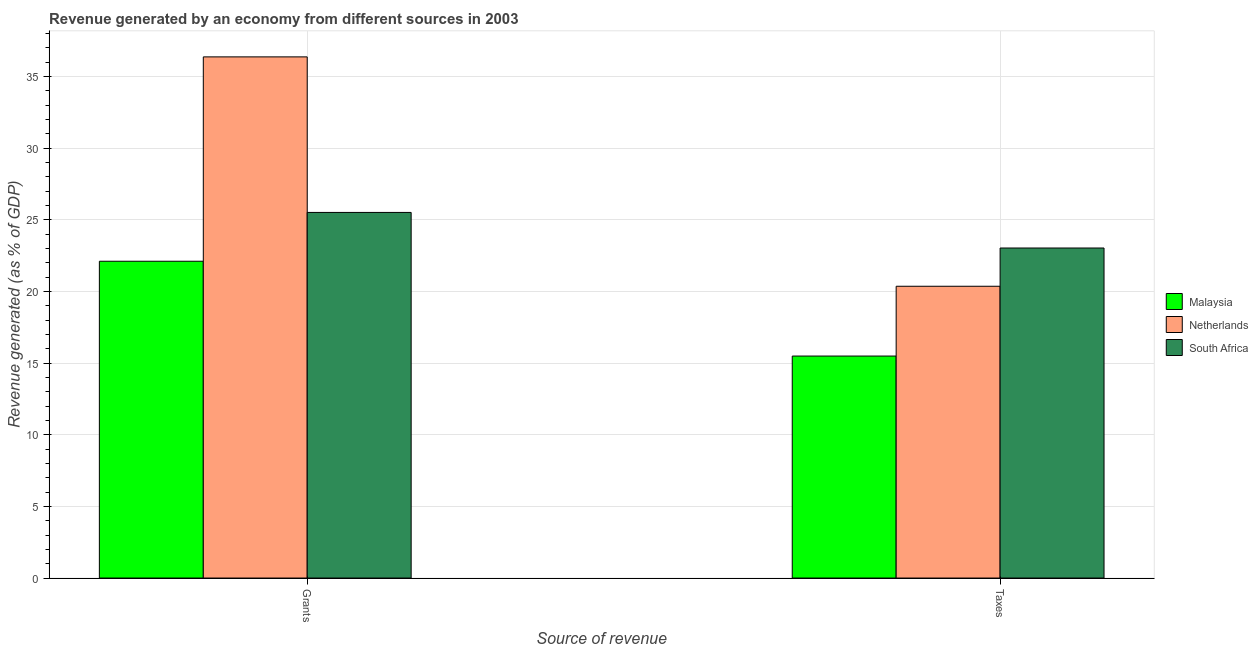
| Source of revenue | Malaysia | Netherlands | South Africa |
 | --- | --- | --- | --- |
 | Grants | 22.1 | 36.4 | 25.5 |
 | Taxes | 15.5 | 20.4 | 23 |